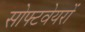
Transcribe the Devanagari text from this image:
सोफ्टवेयरों